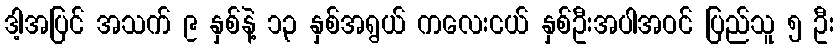
ဒါ့အပြင် အသက် ၉ နှစ်နဲ့ ၁၃ နှစ်အရွယ် ကလေးငယ် နှစ်ဦးအပါအဝင် ပြည်သူ ၅ ဦး